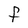
Character: F